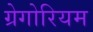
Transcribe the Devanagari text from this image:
ग्रेगोरियम